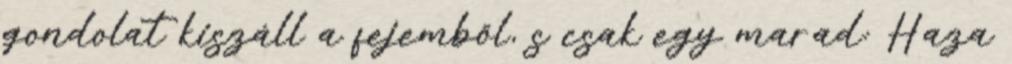
gondolat kiszáll a fejemből, s csak egy marad: Haza